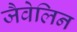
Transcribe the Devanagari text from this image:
जैवेलिन